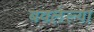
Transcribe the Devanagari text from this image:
बवलेल्या